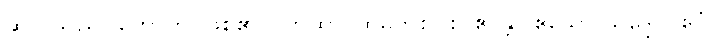
ဆိုလိုသည်။ ဟောတိ၊ ဖြစ်၏။) တထာ၊ ထိုမှတစ်ပါး။ ဧဝန္တိ (ဧသော သဒ္ဒေါ)၊ ဧဝံ၊